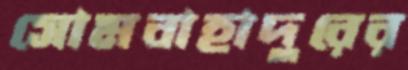
সোমবাহাদুরের